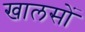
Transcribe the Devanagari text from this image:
खालसों